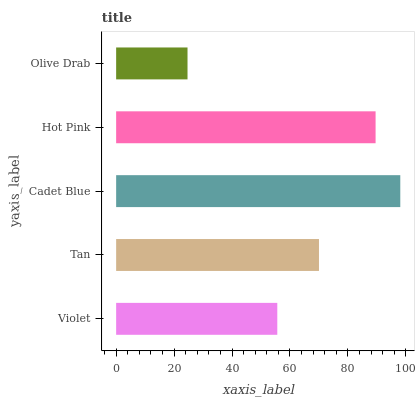
| yaxis_label | bars |
 | --- | --- |
 | Violet | 55.6 |
 | Tan | 70 |
 | Cadet Blue | 98.1 |
 | Hot Pink | 89.5 |
 | Olive Drab | 24.6 |